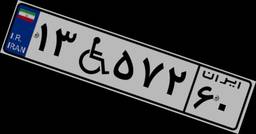
۱۳W۵۷۲۶۰